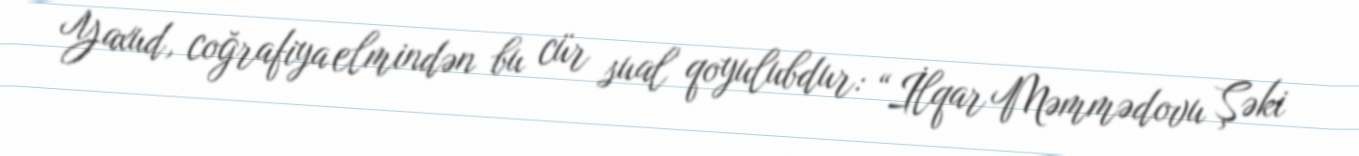
Yaxud, coğrafiya elmindən bu cür sual qoyulubdur: “İlqar Məmmədovu Şəki